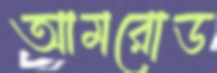
আমরোড